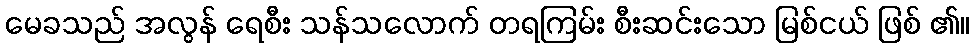
မေခသည် အလွန် ရေစီး သန်သလောက် တရကြမ်း စီးဆင်းသော မြစ်ငယ် ဖြစ် ၏။